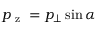
p _ { \mathrm { ~ z ~ } } = p _ { \bot } \sin { \alpha }